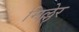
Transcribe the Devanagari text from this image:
मिल्लेर